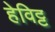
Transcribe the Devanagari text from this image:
हेविट्ट